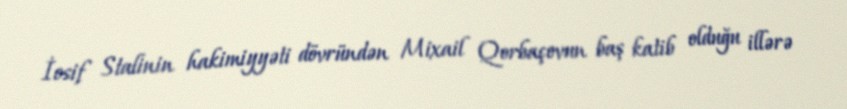
İosif Stalinin hakimiyyəti dövründən Mixail Qorbaçovun baş katib olduğu illərə